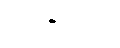
လုပ်ပြီးတော့